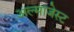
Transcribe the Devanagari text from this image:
अल्माजेस्ट